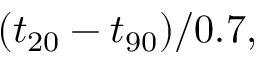
( t _ { 2 0 } - t _ { 9 0 } ) / 0 . 7 ,